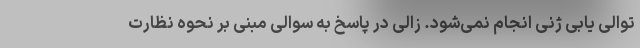
توالی یابی ژنی انجام نمی‌شود. زالی در پاسخ به سوالی مبنی بر نحوه نظارت